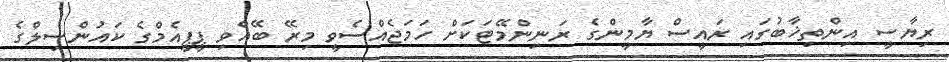
ރިޔާސީ އިންތިޚާބުގައި ރައީސް ޔާމީންގެ ރަނިންމޭޓަކަށް ހަމަޖެއްސެވީ މިރޭ ބޭއްވި ޕީޕީއެމްގެ ކައުންސިލްގެ